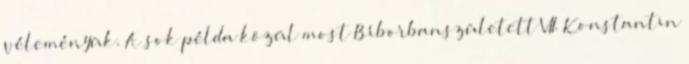
véleményük. A sok példa közül most Bíborbanszületett VII. Konstantin